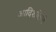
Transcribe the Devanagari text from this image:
आदिशक्तिचे